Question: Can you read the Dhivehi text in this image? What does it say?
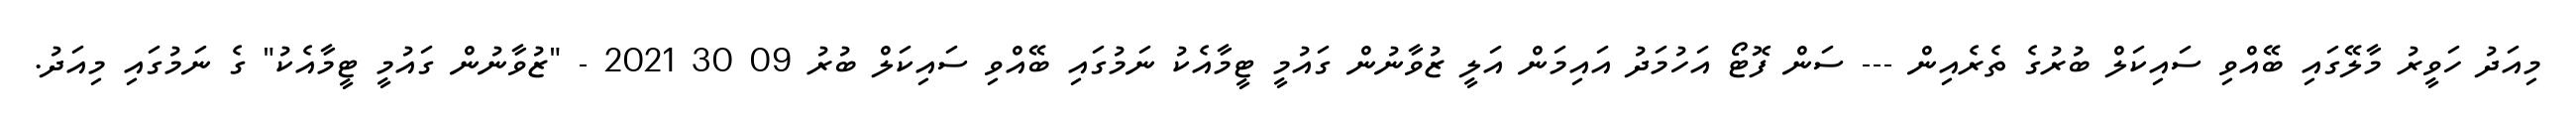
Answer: މިއަދު ހަވީރު މާލޭގައި ބޭއްވި ސައިކަލް ބުރުގެ ތެރެއިން --- ސަން ފޮޓޯ އަހުމަދު އައިމަން އަލީ ޒުވާނުން ގައުމީ ޓީމާއެކު ނަމުގައި ބޭއްވި ސައިކަލް ބުރު 09 30 2021 - "ޒުވާނުން ގައުމީ ޓީމާއެކު" ގެ ނަމުގައި މިއަދު.